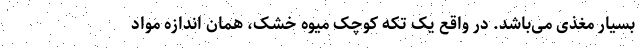
بسیار مغذی می‌باشد. در واقع یک تکه کوچک میوه خشک، همان اندازه مواد